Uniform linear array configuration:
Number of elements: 64
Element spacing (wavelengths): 0.25
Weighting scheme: kaiser
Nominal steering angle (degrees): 0
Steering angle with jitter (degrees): -0.05819
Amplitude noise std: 0.05
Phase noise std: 0.05

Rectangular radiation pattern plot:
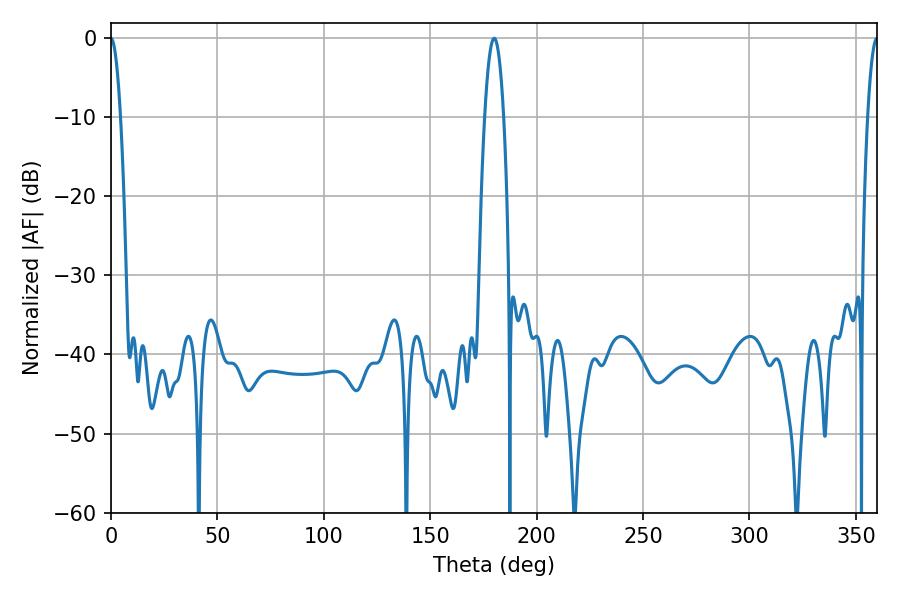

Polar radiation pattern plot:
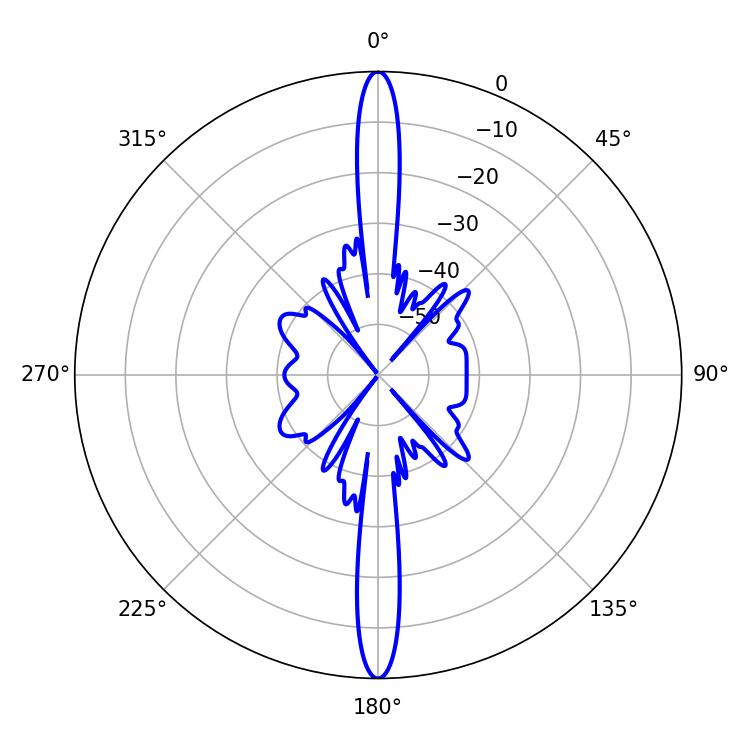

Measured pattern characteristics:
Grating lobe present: FALSE
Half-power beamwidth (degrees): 2.52
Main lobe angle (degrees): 360